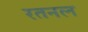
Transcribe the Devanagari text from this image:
रतनल